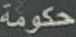
حكومة